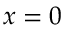
x = 0